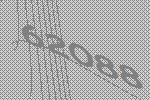
62088